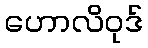
ဟောလိဝုဒ်